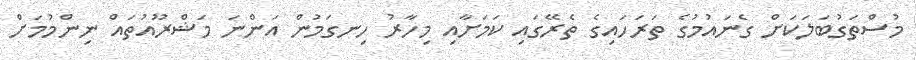
މުސްތަގުބަލަކަށް ގެނައުމުގެ ތަރަހައިގެ ތެރޭގައި ކަމަށާއި މިހާރު ހިނގަމުން އަންނަ މަޝްރޫއުތައް ނިންމުމަށް